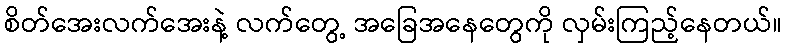
စိတ်အေးလက်အေးနဲ့ လက်တွေ့ အခြေအနေတွေကို လှမ်းကြည့်နေတယ်။